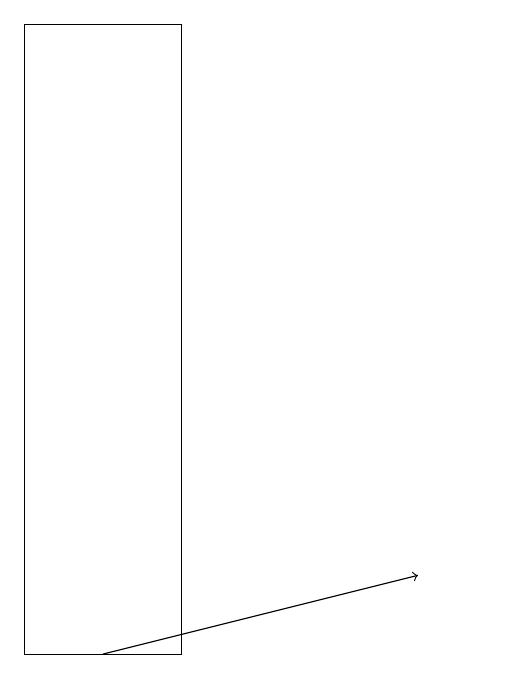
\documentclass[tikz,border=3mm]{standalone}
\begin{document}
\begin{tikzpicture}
\draw (10,12) circle (0);
\draw (6,18) rectangle (4,10);
\draw[->] (5,10) -- (9,11);
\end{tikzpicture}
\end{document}